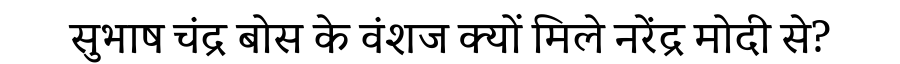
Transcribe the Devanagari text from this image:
सुभाष चंद्र बोस के वंशज क्यों मिले नरेंद्र मोदी से?